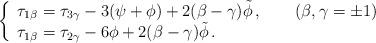
LaTeX: \begin{align*}\left\{\begin{array}{l}\tau_{1\beta}=\tau_{3\gamma}-3(\psi+\phi)+2(\beta-\gamma)\tilde\phi\,,\qquad(\beta,\gamma=\pm1)\\\tau_{1\beta}=\tau_{2\gamma}-6\phi+2(\beta-\gamma)\tilde\phi\,.\end{array}\right.\end{align*}